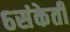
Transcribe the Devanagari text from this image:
६संकेती